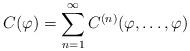
LaTeX: \begin{align*}C(\varphi)=\sum_{n=1}^\infty C^{(n)}(\varphi,\dots,\varphi) \end{align*}